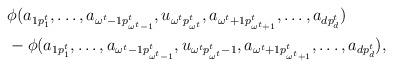
LaTeX: \begin{align*}\begin{aligned}&\phi(a_{1p^t_1}, \ldots, a_{\omega^t-1 p^t_{\omega^t-1}}, u_{\omega^t p^t_{\omega^t}}, a_{\omega^t+1 p^t_{\omega^t+1}}, \ldots, a_{dp^t_d} ) \\& - \phi(a_{1p^t_1}, \ldots, a_{\omega^t-1 p^t_{\omega^t-1}}, u_{\omega^t p^t_{\omega^{t}}-1}, a_{\omega^t+1 p^t_{\omega^t+1}}, \ldots, a_{dp^t_d} ),\end{aligned}\end{align*}